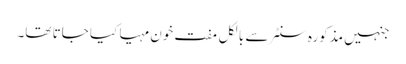
جنہیں مذکورہ سنٹر سے بالکل مفت خون مہیا کیا جاتا تھا۔